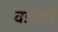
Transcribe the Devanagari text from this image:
वडबारे